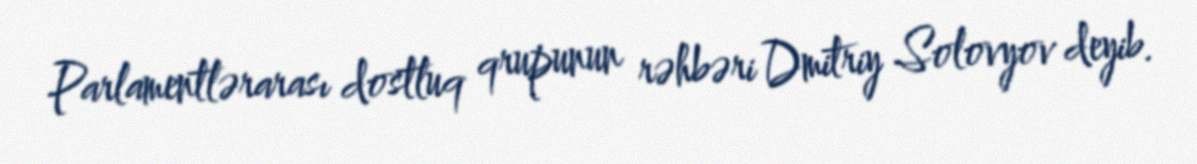
Parlamentlərarası dostluq qrupunun rəhbəri Dmitriy Solovyov deyib.